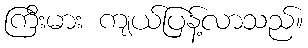
ကြီးမား ကျယ်ပြန့်လာသည်။